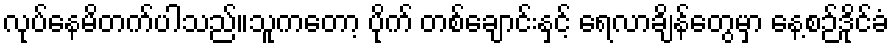
လုပ်နေမိတက်ပါသည်။သူကတော့ ပိုက် တစ်ချောင်းနှင့် ရေလာချိန်တွေမှာ နေ့စဉ်ဒိုင်ခံ